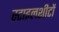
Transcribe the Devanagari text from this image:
स्टाइलशीटों